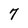
Character: 7